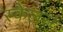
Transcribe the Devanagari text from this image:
स्केलर्स